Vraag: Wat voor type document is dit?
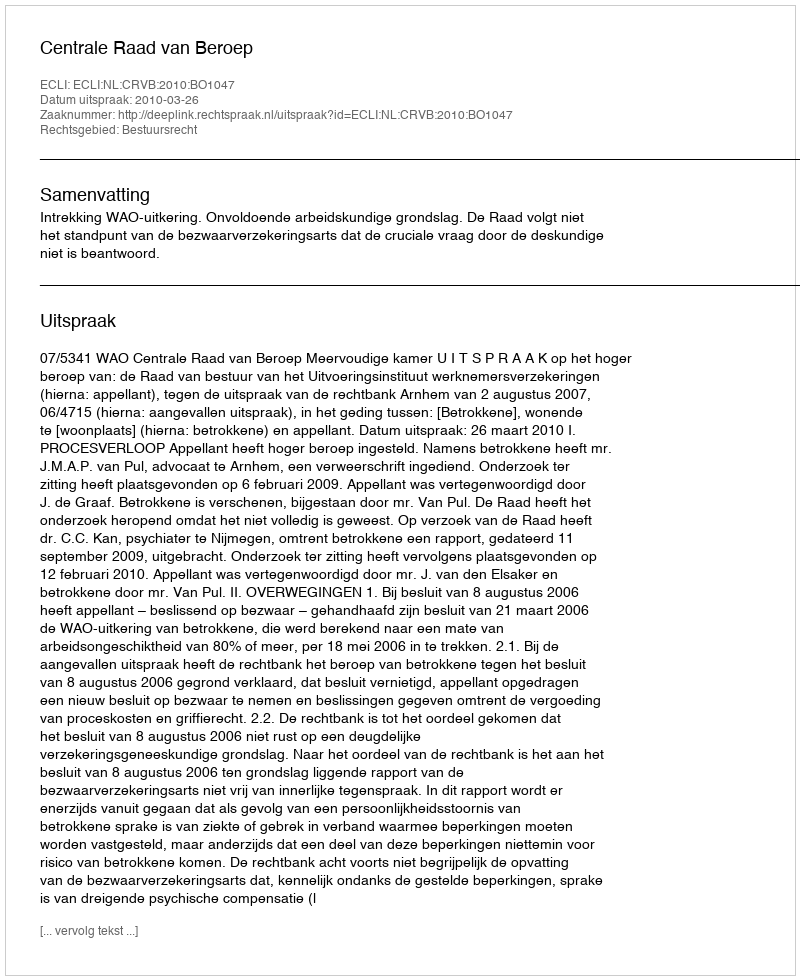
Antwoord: Uitspraak